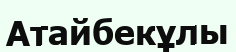
Атайбекұлы